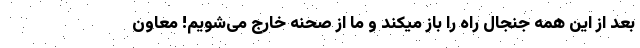
بعد از این همه جنجال راه را باز میکند و ما از صحنه خارج می‌شویم! معاون